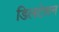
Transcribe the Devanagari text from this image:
डिलटेशन